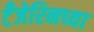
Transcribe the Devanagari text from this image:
टँजेरिनच्या